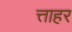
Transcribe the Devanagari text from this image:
त्ताहर